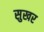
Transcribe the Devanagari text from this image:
सुखर